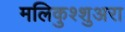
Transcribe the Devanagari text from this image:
मलिकुश्शुअरा